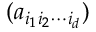
( a _ { i _ { 1 } i _ { 2 } \cdots i _ { d } } )